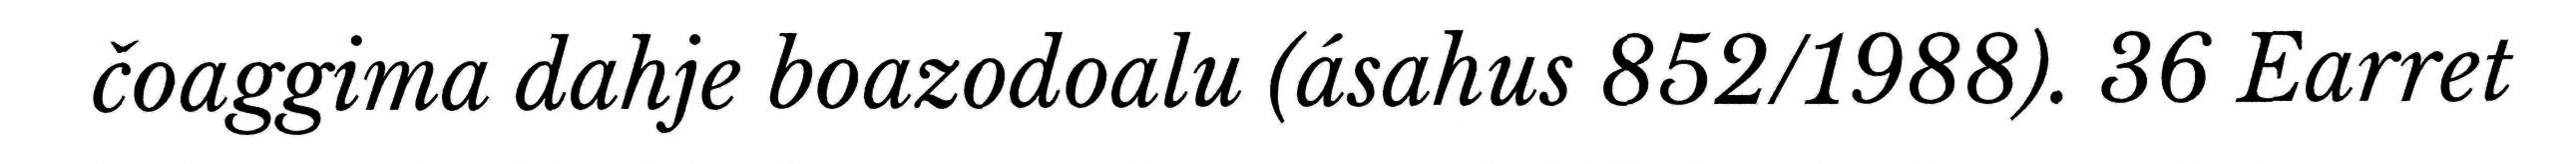
čoaggima dahje boazodoalu (ásahus 852/1988). 36 Earret